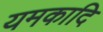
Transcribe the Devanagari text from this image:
यमकादि